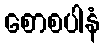
စောစပါနံ